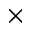
\times